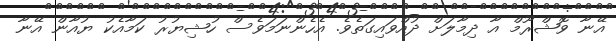
އޭނާ ވޮޝްރޫމް އާ ދިމާލަށް ދުއްވައިގަތެވެ. އެހެންނަމަވެސް ހުޝިޔުރު ކަމާއެކު ޔުއާން އޭނާ